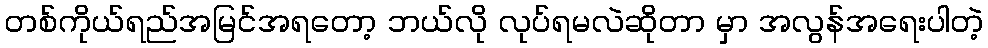
တစ်ကိုယ်ရည်အမြင်အရတော့ ဘယ်လို လုပ်ရမလဲဆိုတာ မှာ အလွန်အရေးပါတဲ့